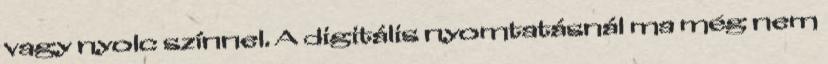
vagy nyolc színnel. A digitális nyomtatásnál ma még nem